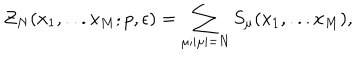
LaTeX: { \cal Z } _ { N } ( x _ { 1 } , . . . x _ { M } ; p , \epsilon ) = \sum _ { \mu ; | \mu | = N } S _ { \mu } ( x _ { 1 } , . . . x _ { M } ) ,